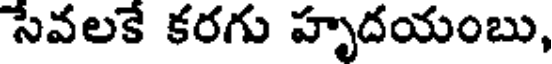
సేవలకే కరగు హృదయంబు,